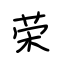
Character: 荣